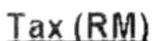
TAX(RM)